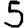
Digit: 5